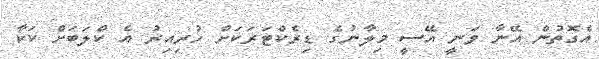
އެގޮތުން އޭނާ ވަނީ އޭސީ މިލާނުގެ ޑިރެކްޓަރަކަށް ހުރިއިރު އެ ކްލަބަށް ކަކާ